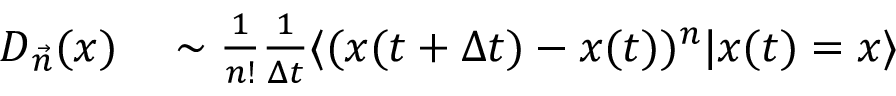
\begin{array} { r l } { D _ { \vec { n } } ( \boldsymbol { x } ) } & { { } \sim \frac { 1 } { n ! } \frac { 1 } { \Delta t } \langle ( \boldsymbol { x } ( t + \Delta t ) - \boldsymbol { x } ( t ) ) ^ { n } | \boldsymbol { x } ( t ) = \boldsymbol { x } \rangle } \end{array}